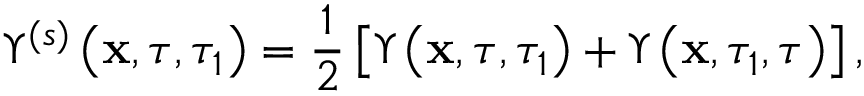
\Upsilon ^ { ( s ) } \left( \mathbf { x } , \tau , \tau _ { 1 } \right) = \frac { 1 } { 2 } \left[ \Upsilon \left( \mathbf { x } , \tau , \tau _ { 1 } \right) + \Upsilon \left( \mathbf { x } , \tau _ { 1 } , \tau \right) \right] ,